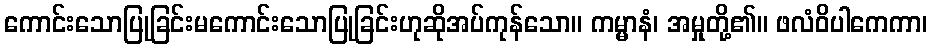
ကောင်းသောပြုခြင်းမကောင်းသောပြုခြင်းဟုဆိုအပ်ကုန်သော။ ကမ္မာနံ၊ အမှုတို့၏။ ဖလံဝိပါကေကာ၊